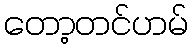
တော့တင်ဟမ်